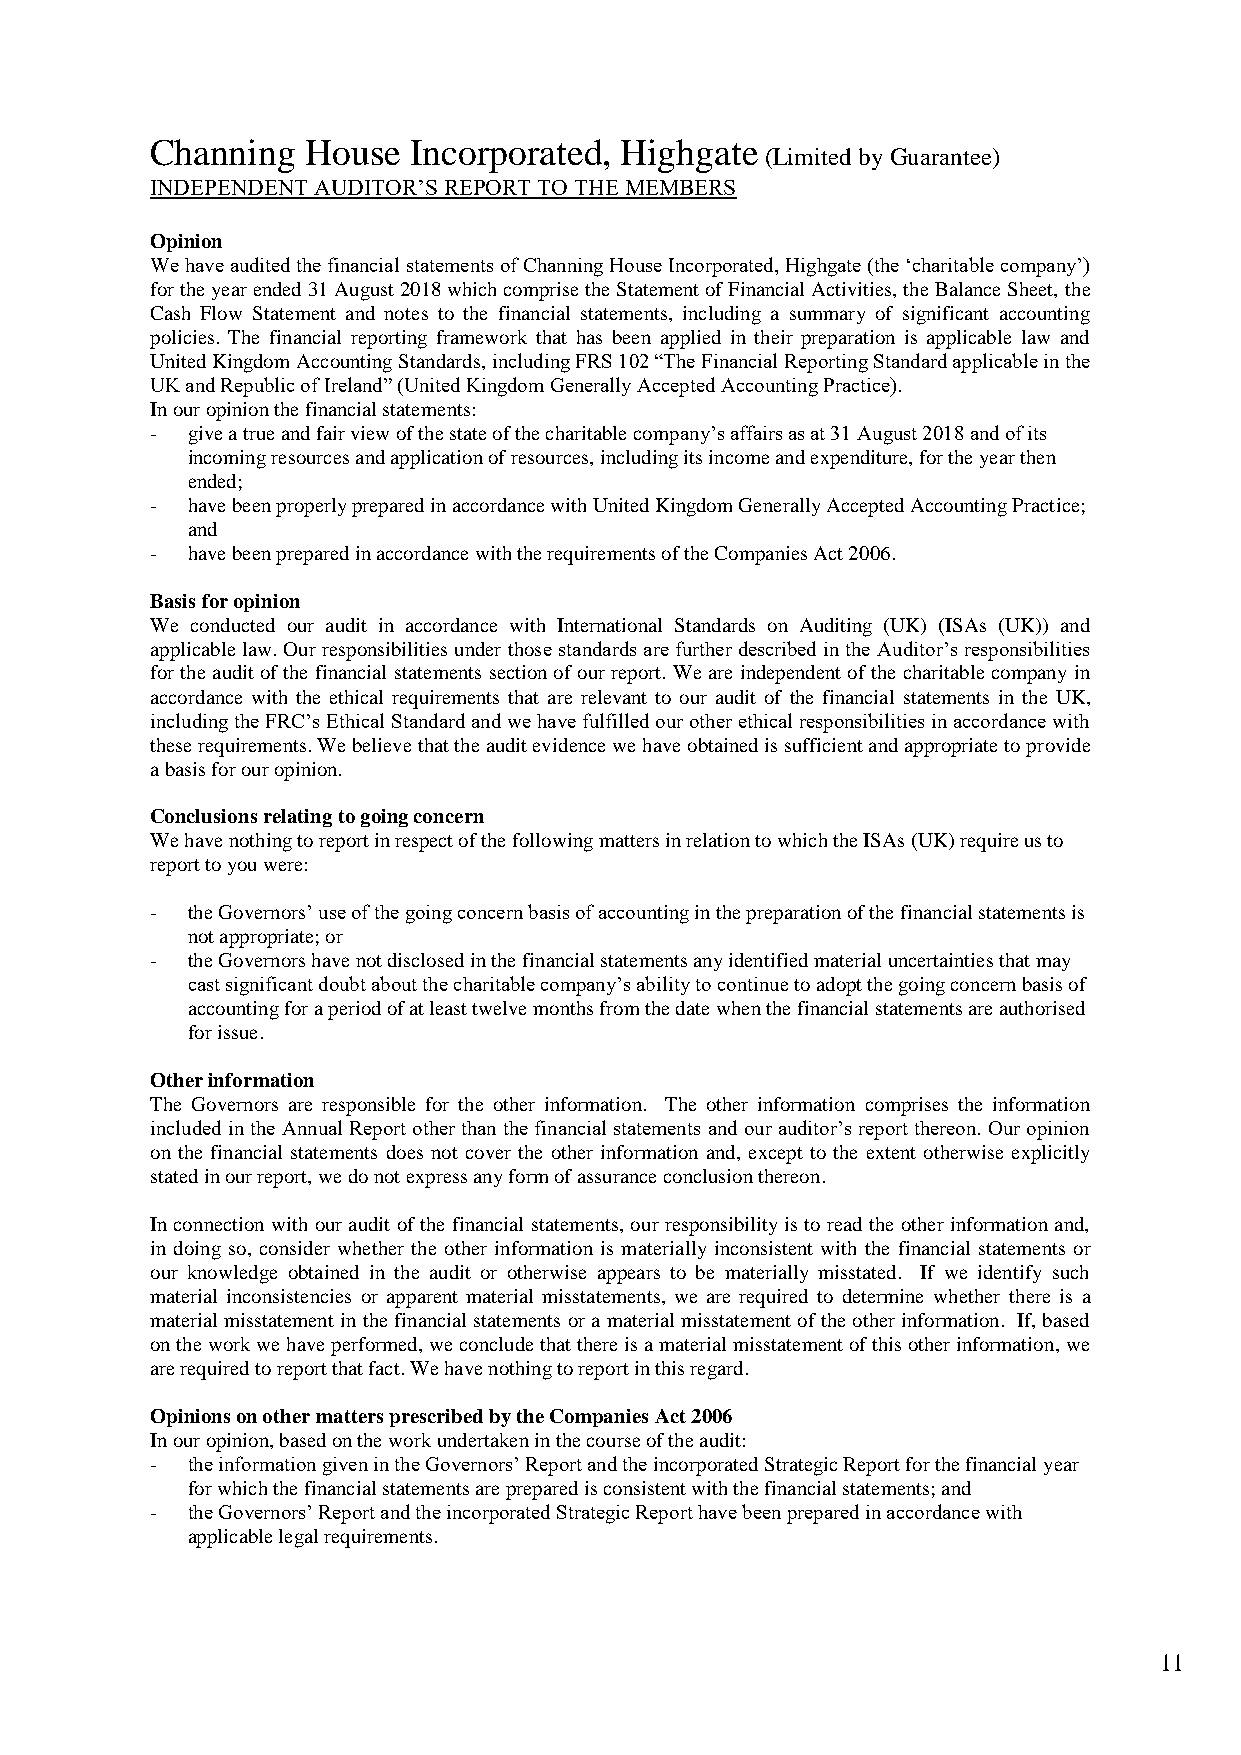
Channing  House  Incorporated, Highgate
 (Limited by Guarantee)
 INDEPENDENT AUDITOR’S REPORT TO THE MEMBERS
 Opinion
 We have audited the financial statements of Channing House Incorporated, Highgate (the ‘charitable company’)
 for the year ended 31 August 2018 which comprise the Statement of Financial Activities, the Balance Sheet, the
 Cash Flow Statement and notes to the financial statements, including a summary of significant accounting
 policies. The financial reporting framework that has been applied in their preparation is applicable law and
 United Kingdom Accounting Standards, including FRS 102 “The Financial Reporting Standard applicable in the
 UK and Republic of Ireland” (United Kingdom Generally Accepted Accounting Practice).
 In our opinion the financial statements:
 - give a true and fair view of the state of the charitable company’s affairs as at 31 August 2018 and of its
 incoming resources and application of resources, including its income and expenditure, for the year then
 ended;
 - have been properly prepared in accordance with United Kingdom Generally Accepted Accounting Practice;
 and
 - have been prepared in accordance with the requirements of the Companies Act 2006.
 Basis for opinion
 We conducted our audit in accordance with International Standards on Auditing (UK) (ISAs (UK)) and
 applicable law. Our responsibilities under those standards are further described in the Auditor’s responsibilities
 for the audit of the financial statements section of our report. We are independent of the charitable company in
 accordance with the ethical requirements that are relevant to our audit of the financial statements in the UK,
 including the FRC’s Ethical Standard and we have fulfilled our other ethical responsibilities in accordance with
 these requirements. We believe that the audit evidence we have obtained is sufficient and appropriate to provide
 a basis for our opinion.
 Conclusions relating to going concern
 We have nothing to report in respect of the following matters in relation to which the ISAs (UK) require us to
 report to you were:
 - the Governors’ use of the going concern basis of accounting in the preparation of the financial statements is
 not appropriate; or
 - the Governors have not disclosed in the financial statements any identified material uncertainties that may
 cast significant doubt about the charitable company’s ability to continue to adopt the going concern basis of
 accounting for a period of at least twelve months from the date when the financial statements are authorised
 for issue.
 Other information
 The Governors are responsible for the other information. The other information comprises the information
 included in the Annual Report other than the financial statements and our auditor’s report thereon. Our opinion
 on the financial statements does not cover the other information and, except to the extent otherwise explicitly
 stated in our report, we do not express any form of assurance conclusion thereon.
 In connection with our audit of the financial statements, our responsibility is to read the other information and,
 in doing so, consider whether the other information is materially inconsistent with the financial statements or
 our knowledge obtained in the audit or otherwise appears to be materially misstated. If we identify such
 material inconsistencies or apparent material misstatements, we are required to determine whether there is a
 material misstatement in the financial statements or a material misstatement of the other information. If, based
 on the work we have performed, we conclude that there is a material misstatement of this other information, we
 are required to report that fact. We have nothing to report in this regard.
 Opinions on other matters prescribed by the Companies Act 2006
 In our opinion, based on the work undertaken in the course of the audit:
 - the information given in the Governors’ Report and the incorporated Strategic Report for the financial year
 for which the financial statements are prepared is consistent with the financial statements; and
 - the Governors’ Report and the incorporated Strategic Report have been prepared in accordance with
 applicable legal requirements.
 11